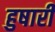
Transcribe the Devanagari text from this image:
हुषारी